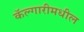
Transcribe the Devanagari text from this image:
कॅल्गारीमधील